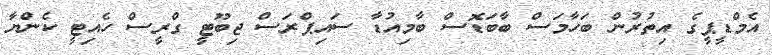
އެމްޑީޕީގެ އިތުރުން ބަހާމަސް ބާބަޑޮސް ބާމިއުޑާ ސައިޕްރަސް ޖިބޫޓީ ގްރީސް ހެއިޓީ ކެންޔާ